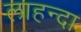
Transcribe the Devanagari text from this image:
लाहन्दा